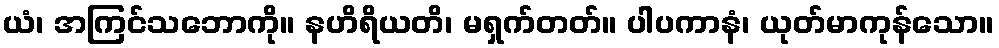
ယံ၊ အကြင်သဘောကို။ နဟိရိယတိ၊ မရှက်တတ်။ ပါပကာနံ၊ ယုတ်မာကုန်သော။